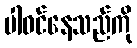
ပါဝင်နေသည်ကို